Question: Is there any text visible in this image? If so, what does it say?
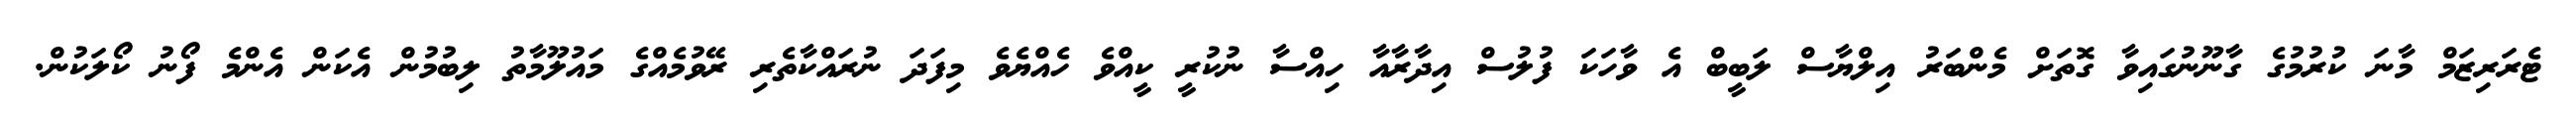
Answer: ޓެރަރިޒަމް މާނަ ކުރުމުގެ ގާނޫނުގައިވާ ގޮތަށް މެންބަރު އިލްޔާސް ލަބީބް އެ ވާހަކަ ފުލުސް އިދާރާއާ ހިއްސާ ނުކުރީ ކީއްވެ ހެއްޔެވެ މިފަދަ ނުރައްކާތެރި ރޭވުމެއްގެ މައުލޫމާތު ލިބުމުން އެކަން އެންމެ ފޯނު ކޯލަކުން.